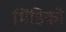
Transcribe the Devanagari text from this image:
भिंडिको